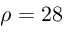
\rho = 2 8